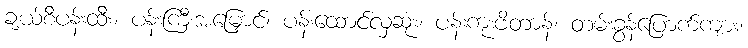
ချယ်စီပန်းထီး၊ ပန်းကြီးအမြှောင်၊ ပန်းထောင်လှဆုံး၊ ပန်းကုံးဗိတာန်၊ တမ်းခွန်ပြောက်ကျား၊